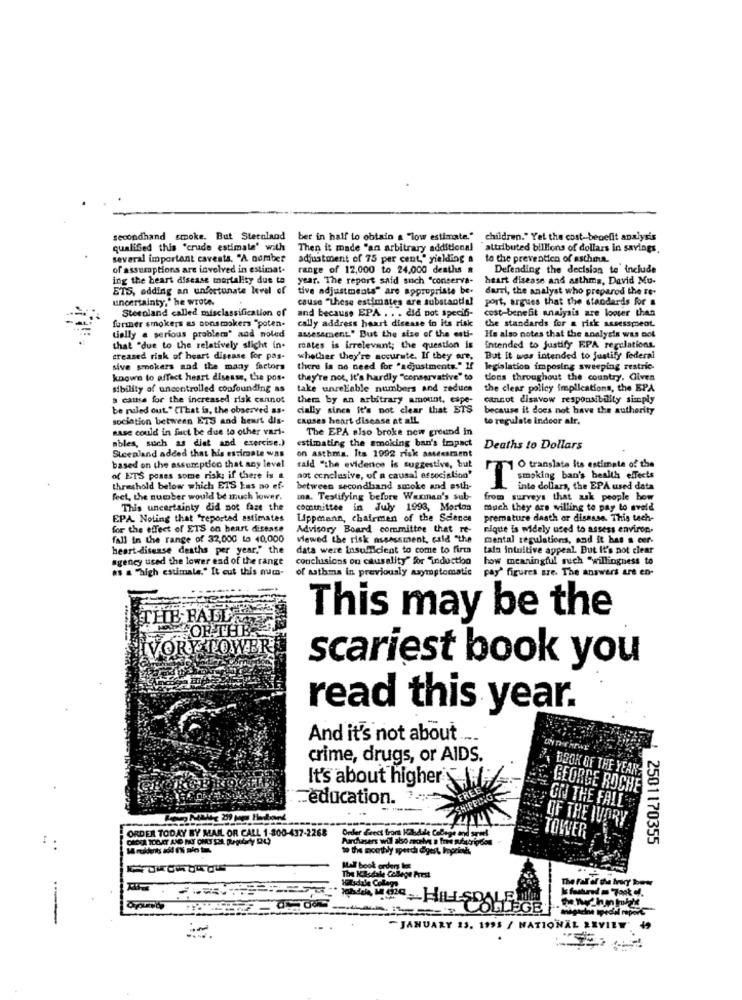
secondhand smoke. But Stetoland
ber in half to obtain a "low estimate." children." Yet the cost-benefit analysis
qualified this "crude estimate' with
Then it made "an arbitrary additional attributed billions of dollars in savings.
several important cavests. "A number
adjustment of 75 per cent," yielding a
to the prevention of astheun ..
of assumptions are involved in estimat-
range of 12,000 to 24,000 deaths &
Defending the decision to include
ing the heart disease mortality due to year. The report said such "conserva-
heart disease and asthma, David Mu-
ETS, adding an unfortunate level of tive adjustments" are appropriate be-
ETS, adding an unfortunate level of
tive adjustments" are appropriate be-
darri, the analyst who preparod the Te-
uncertainty," he wrote.
cause "these estimates are substantial
port, argues that the standards for a
Steenland called misclassification of
and because EPA . . . did not speci6-
cost-benefit analysis are looser than
cally address heart disease in its risk
the standards for a risk assessment.
former smokers as consmakers "poten.
tially a serious problem" and noled
assessment." But the size of the esti-
He also notes that the analysis was not
that "due to the relatively slicht in.
roates is irrelevant; the question is
Intended to justify EPA regulations.
creased risk of heart disease for pas-
whether they're accurate. If they are,
But It was intended to justify federal
sive smokers and the many factors
there is no need for "adjustments." If
legislation imposing sweeping restric-
known to affect heart disease, the pos-
they're not, it's hardly "conservative" to
tions throughout the country. Given
sibility of uncontrolled confounding as
take unreliable numbers and reduce
the clear policy implications, the EPA
a causa for the increased risk cannot
them by an arbitrary amount. espe-
cannot disavow responsibility simply
be ruled out." (That is, the observed as-
cially sincs it's not clear that ETS
because it does not have the authority
sociation between ETS and heart dis-
causes heart disease at all
to regulate Indoor air.
aase could in fact be due to other vari-
The EPA also broke new ground in
ables, such as diet and exercise.)
Steenland added that his estimate was
estimating the smoking ban's trapact
Deaths to Dollars
on asthma, Its 1992 risk assessment
based on the assumption that any level
sald "the evidence is suggestive, but
O translate its estimate of the
of ETS poses some risk; if there is a
not conclusive, of a causal association"
smoking ban's health effects
threshold below which ETS Las no ef-
between secondhand smoke and esth-
T
inte dollars, the EPA used data
feet, the number would be much lower.
una. Testifying before Wexman's sub-
from surveys that ask people how
This uncertainty did not faze the
committee in July 1993, Morton
much they are willing to pay to avoid
EPA Noting that "reported estimates
Lippmann, chairman of the Science
premature daath or disease. This tech-
for the effect of ETS on heart disease
Advisory Board committee that re-
nique is widely used to assess environ.
fall in the range of 32,000 to 40,000
viewed the risk assessment, cald "the
mental regulations, and it has a cer-
heart disease deaths per year," the
data were insufficient to come to firma
tala intuitive appeal. But It's not clear
agency used the lower end of the range
conclusions on causality" for "induction
how meaningful ruch "willingness to
as a "high estimate." It cut this num-
of mathma in previously asymptomatic
pay' figures are. The answers are en-
THE RALLA
This may be the
IVORY TOWE
scariest book you
read this year.
And it's not about ....
crime, drugs, or AIDS.
BOOK OF THE YEAR:
It's about higher ..
-GEORGE ROCHE
education. 1;
. ON THE FALL
OF THE IVORY
Order deedt
TOWER
ORDER TODAY BY MAIL OR CALL 1-300-437-2268
Order deect from Hildale College and ariel
Parchesers will also archa a fire sufebrigdos
2501170355
to the monthly sperch digest, Ioprings
Mal book orcherz lot
The Kasdal Colege Prest
Hillsdale Collage
LE
OLLEGE'
-JANUARY 23. 1995 / NATIONAL 2EVILT'
-....